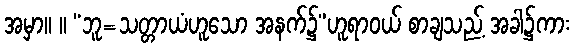
အမှာ။ ။ “ဘူ=သတ္တာယံဟူသော အနက်၌”ဟူရာဝယ် စာချသည့် အခါ၌ကား